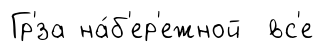
Гр'́за на́б'ер'ежной вс'е